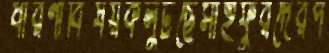
ধারণাবিষয়কলুটছেসাইফুরদেরপ